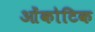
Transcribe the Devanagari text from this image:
ओंकोटिक